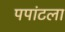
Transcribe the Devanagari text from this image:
पपांटला